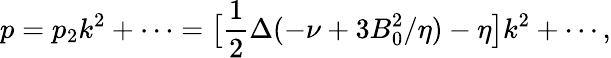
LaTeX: p=p_{2}k^{2}+\cdots=\bigl[\frac{1}{2}\Delta(-\nu+3B_{0}^{2}/\eta)-\eta\bigr]k^{2}+\cdots,